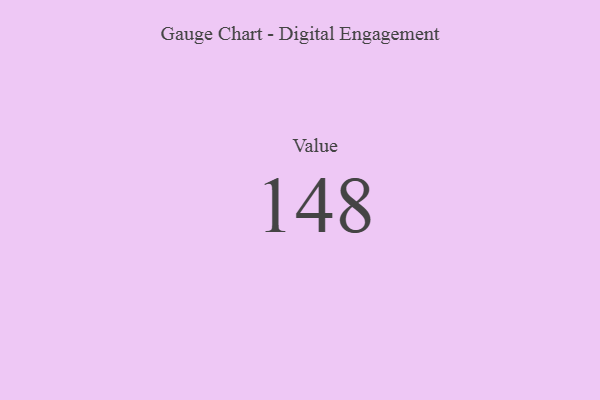
{"axis": {"x": "Metric", "y": "Value"}, "legend": [""], "data": [{"x": "Value", "y": 148, "type": ""}]}